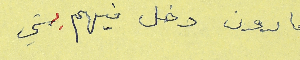
مارون دخل فيهم بشي